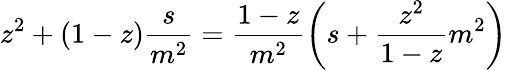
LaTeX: z^{2}+(1-z)\frac{s}{m^{2}}=\frac{1-z}{m^{2}}\left(s+\frac{z^{2}}{1-z}m^{2}\right)